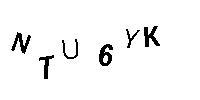
NTU6YK